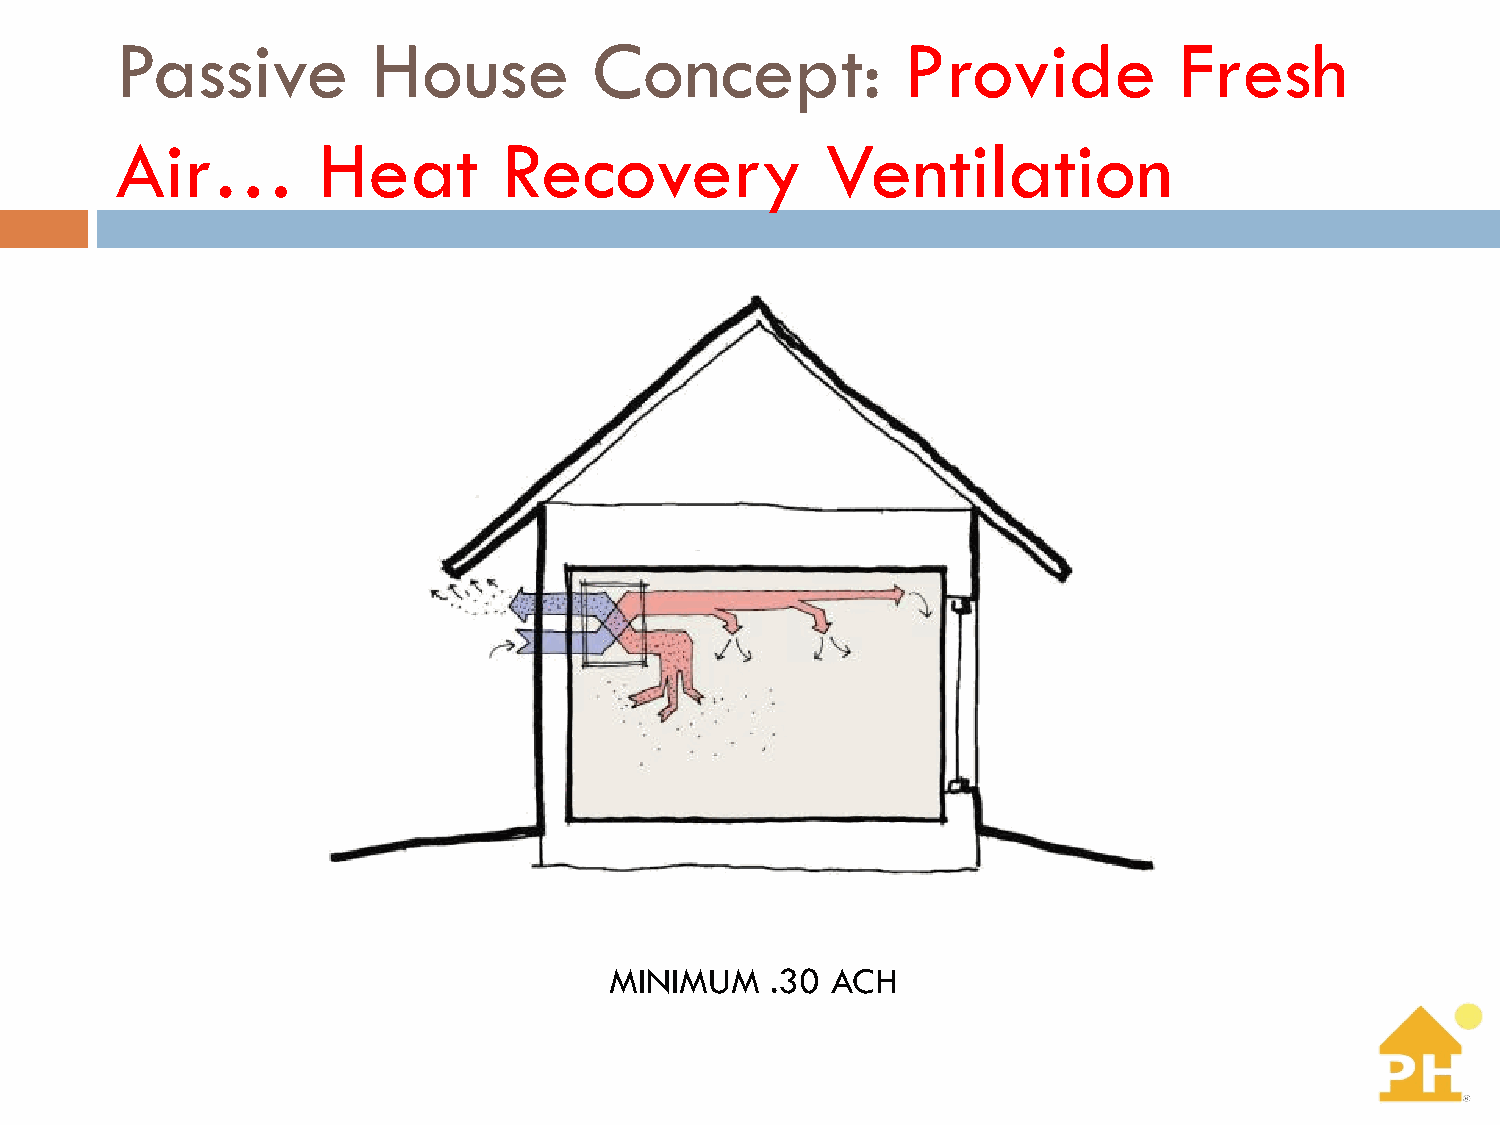
Passive          House         Concept:             Provide           Fresh
 Air…         Heat        Recovery              Ventilation
 MINIMUM    .30 ACH